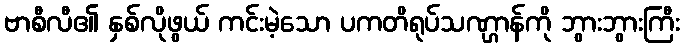
ဗာစီလီ၏ နှစ်လိုဖွယ် ကင်းမဲ့သော ပကတိရုပ်သဏ္ဌာန်ကို ဘွားဘွားကြီး